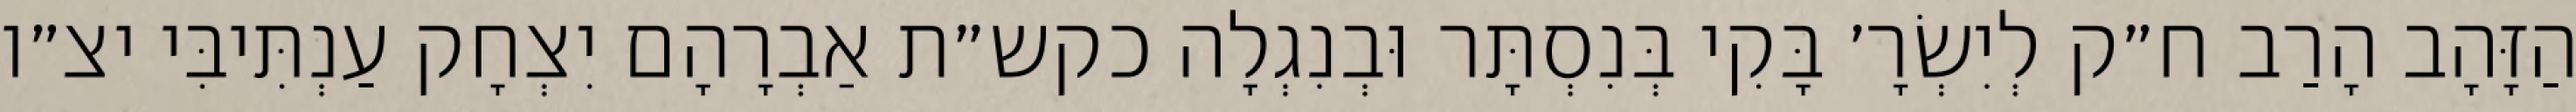
הַזָּהָב הָרַב ח״ק לְיִשְׂרָ׳ בָּקִי בְּנִסְתָּר וּבְנִגְלָה כקש״ת אַבְרָהָם יִצְחָק עַנְתִּיבִּי יצ״ו